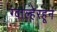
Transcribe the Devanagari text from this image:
ग्वाल्हेरहून